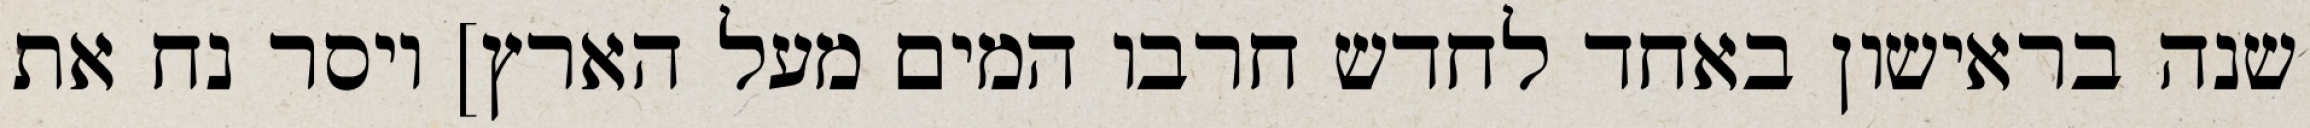
שנה בראישון באחד לחדש חרבו המים מעל הארץ] ויסר נח את